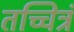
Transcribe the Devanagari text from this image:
तच्चित्रं